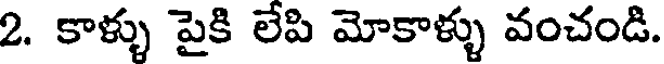
2. కాళ్ళు పైకి లేపి మోకాళ్ళు వంచండి.